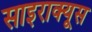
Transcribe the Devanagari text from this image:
साइराक्यूस